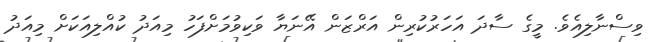
ވިސްނާލިއެވެ. މީގެ ސާދަ އަހަރުކުރިން އަރްޒަން އޭނަޔާ ވަކިވުމަށްފަހު މިއަދު ކުއްލިއަކަށް މިއަދު